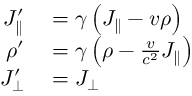
\begin{array} { r l } { J _ { \parallel } ^ { \prime } } & { { } = \gamma \left( J _ { \parallel } - v \rho \right) } \\ { \rho ^ { \prime } } & { { } = \gamma \left( \rho - { \frac { v } { c ^ { 2 } } } J _ { \parallel } \right) } \\ { J _ { \bot } ^ { \prime } } & { { } = J _ { \bot } } \end{array}